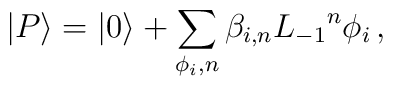
|P\rangle=|0\rangle+\sum_{\phi_i,n}\beta_{i,n}{L_{-1}}^n\phi_i\,,